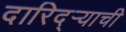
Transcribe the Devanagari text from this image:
दारिद्‌र्‍याची